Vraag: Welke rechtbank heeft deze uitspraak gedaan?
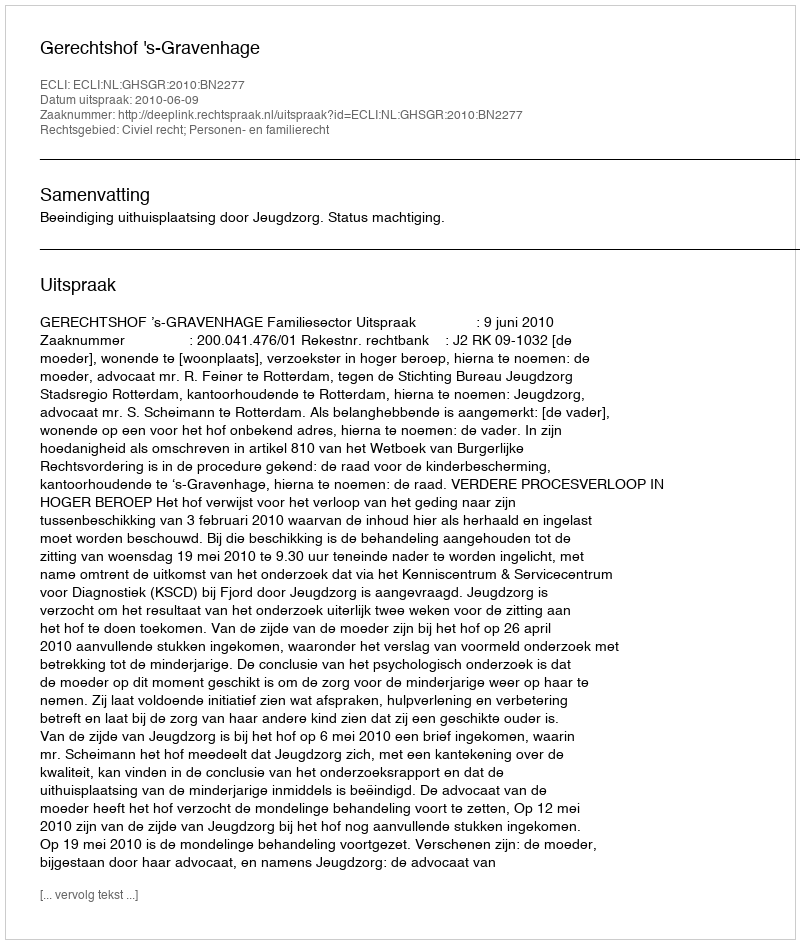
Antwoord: Gerechtshof 's-Gravenhage